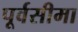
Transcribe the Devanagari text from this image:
पूर्वसीमा